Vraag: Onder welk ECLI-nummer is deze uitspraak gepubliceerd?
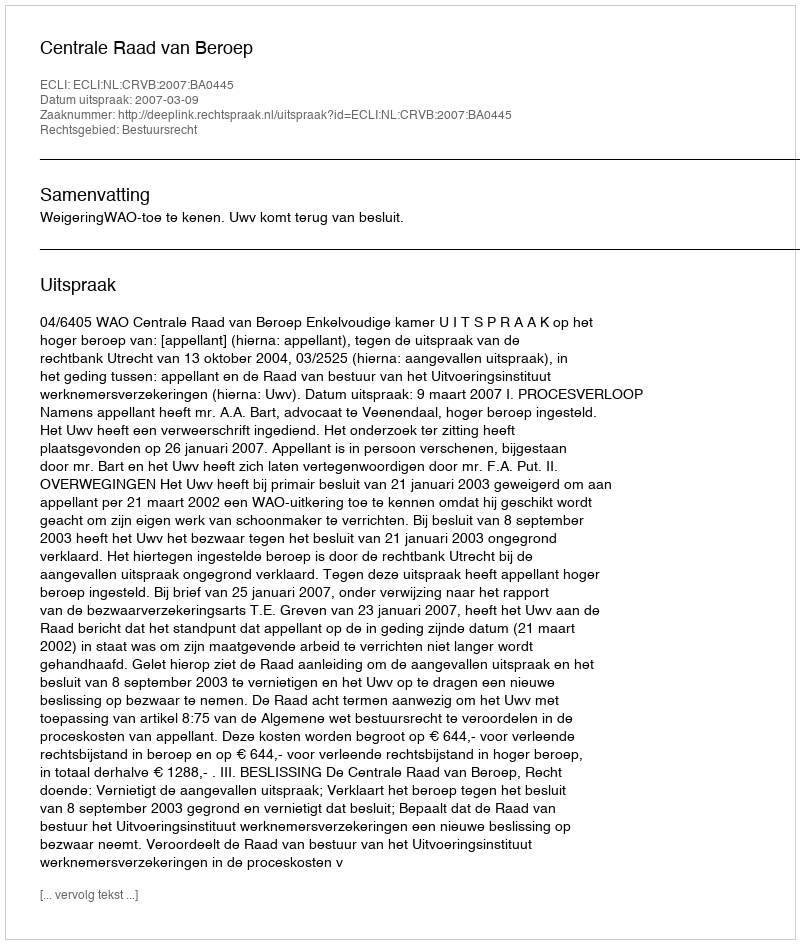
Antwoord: ECLI:NL:CRVB:2007:BA0445